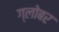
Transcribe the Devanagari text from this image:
ग्लोबर